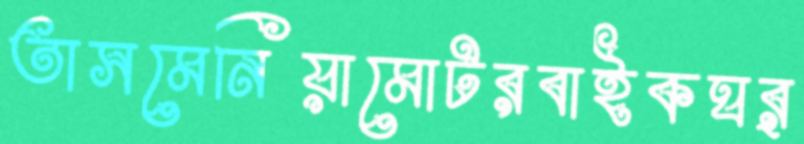
তাসমেনিয়ামোটরবাইকঘর্